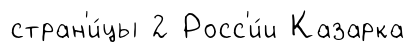
стран'и́цы 2 Росс'и́и Казарка